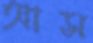
আস